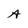
Character: A